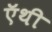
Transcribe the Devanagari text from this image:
ऍथी